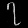
Digit: ၇